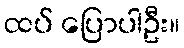
ထပ် ပြောပါဦး။